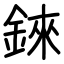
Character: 錸